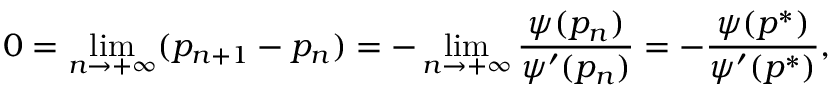
0 = \displaystyle \operatorname* { l i m } _ { n \to + \infty } ( p _ { n + 1 } - p _ { n } ) = - \displaystyle \operatorname* { l i m } _ { n \to + \infty } \frac { \psi ( p _ { n } ) } { \psi ^ { \prime } ( p _ { n } ) } = - \frac { \psi ( p ^ { * } ) } { \psi ^ { \prime } ( p ^ { * } ) } ,